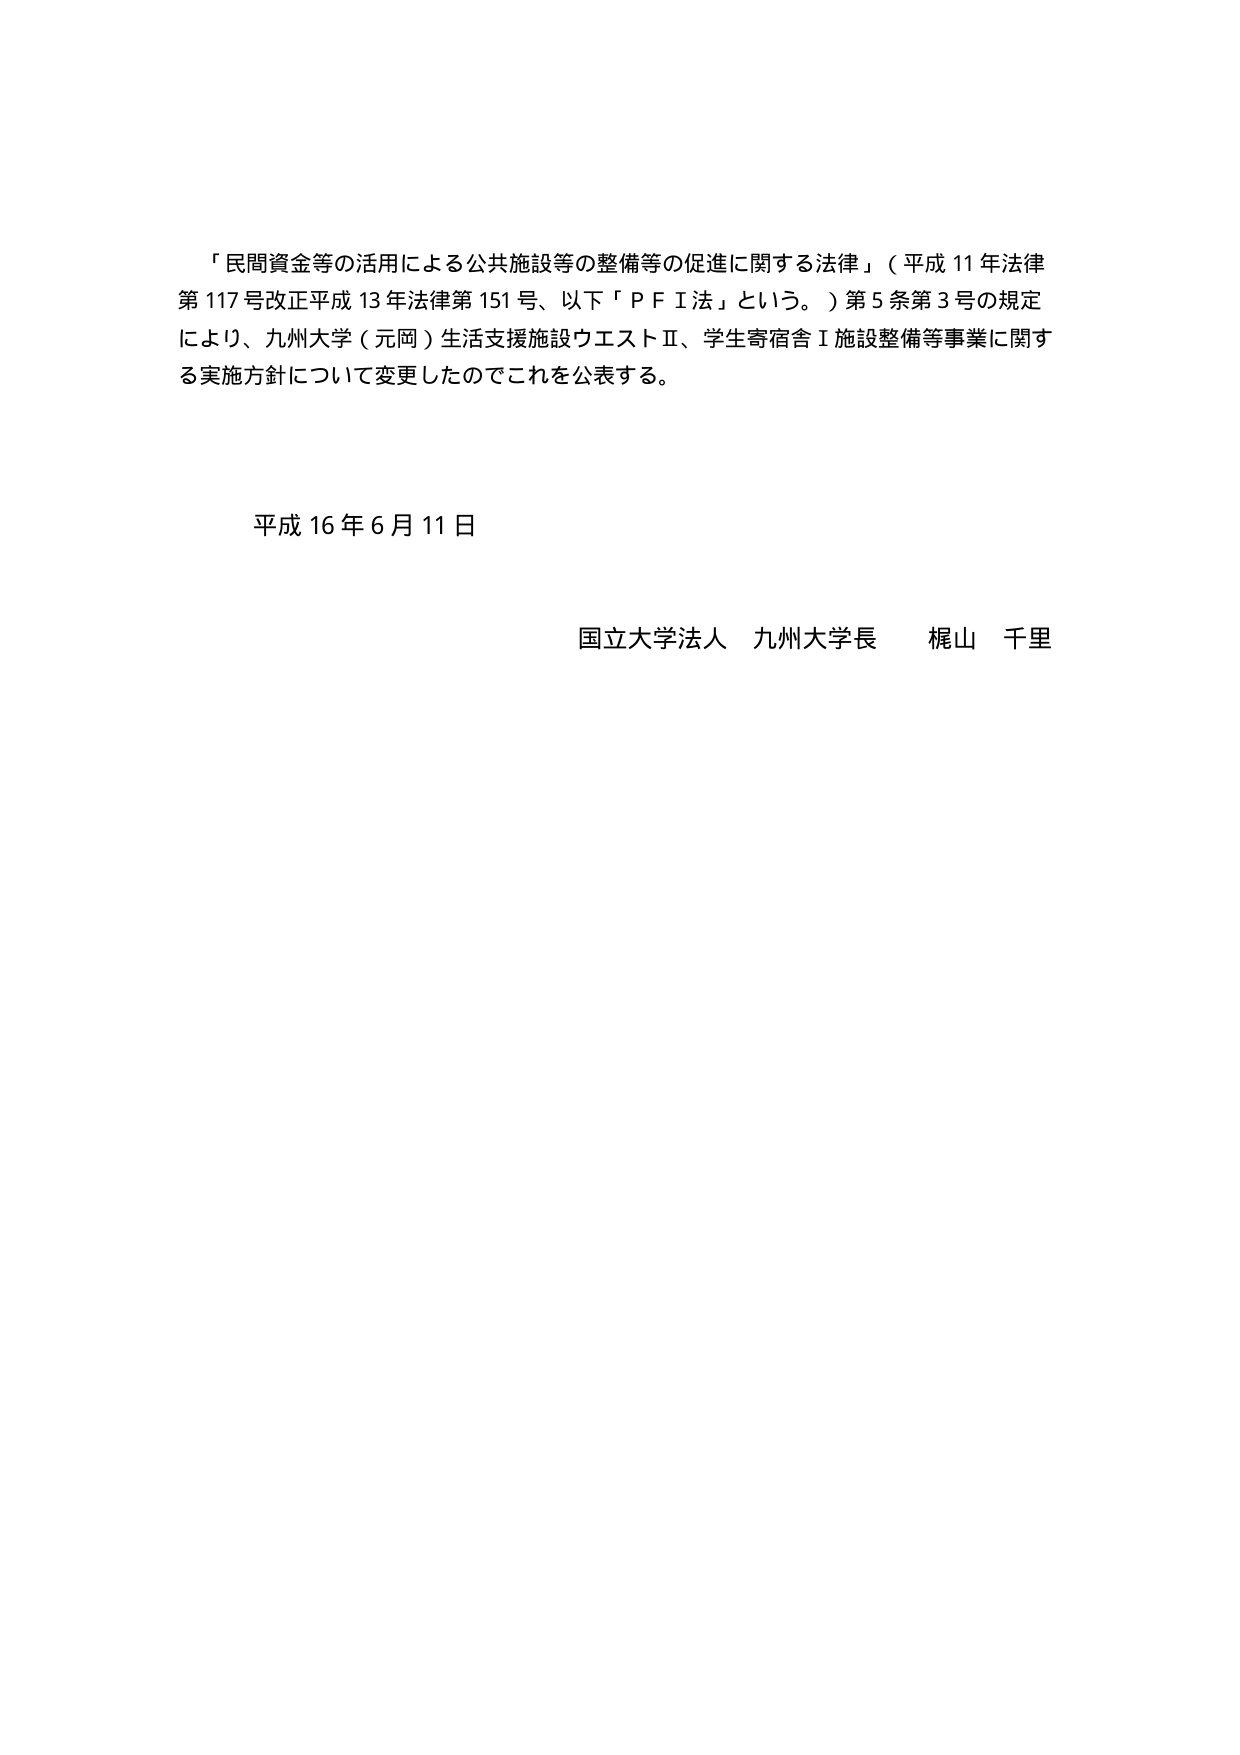
「民間資金等の活用による公共施設等の整備等の促進に関する法律」（平成11年法律第117号改正平成13年法律第151号、以下「ＰＦＩ法」という。）第5条第3号の規定により、九州大学（元岡）生活支援施設ウエストⅡ、学生寄宿舎Ⅰ施設整備等事業に関する実施方針について変更したのでこれを公表する。

平成16年6月11日

国立大学法人 九州大学長 梶山 千里